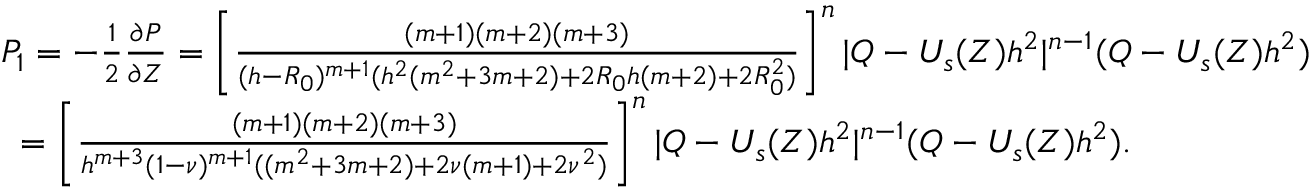
\begin{array} { r } { P _ { 1 } = - \frac { 1 } { 2 } \frac { \partial P } { \partial Z } = \left[ \frac { ( m + 1 ) ( m + 2 ) ( m + 3 ) } { ( h - R _ { 0 } ) ^ { m + 1 } ( h ^ { 2 } ( m ^ { 2 } + 3 m + 2 ) + 2 R _ { 0 } h ( m + 2 ) + 2 R _ { 0 } ^ { 2 } ) } \right] ^ { n } | Q - U _ { s } ( Z ) h ^ { 2 } | ^ { n - 1 } ( Q - U _ { s } ( Z ) h ^ { 2 } ) ~ ~ ~ ~ } \\ { = \left[ \frac { ( m + 1 ) ( m + 2 ) ( m + 3 ) } { h ^ { m + 3 } ( 1 - \nu ) ^ { m + 1 } ( ( m ^ { 2 } + 3 m + 2 ) + 2 \nu ( m + 1 ) + 2 \nu ^ { 2 } ) } \right] ^ { n } | Q - U _ { s } ( Z ) h ^ { 2 } | ^ { n - 1 } ( Q - U _ { s } ( Z ) h ^ { 2 } ) . ~ ~ ~ ~ ~ ~ ~ ~ ~ ~ ~ ~ ~ ~ ~ ~ ~ ~ ~ } \end{array}